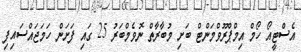
އެސްޓީއޯ ހޯމް އިމްޕްރޫވްމަންޓް ބަށި މުބާރާތް ނޮވެމްބަރު 25 ގައި ފަށަން ހަމަޖައްސައިފި